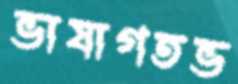
ভাষাগতভ